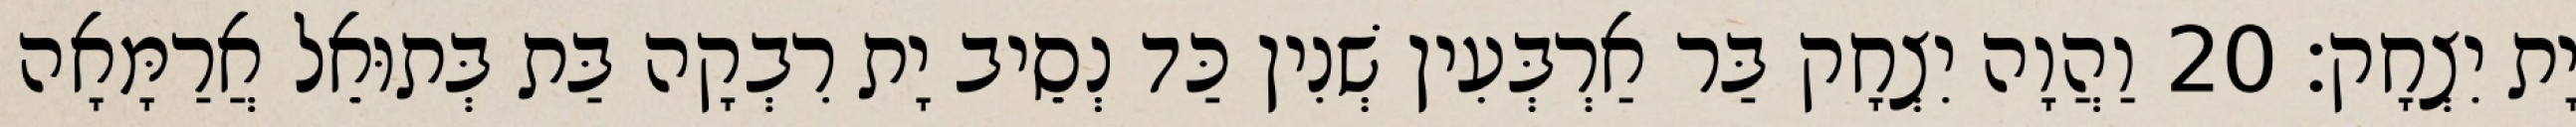
יָת יִצְחָק׃ 20 וַהֲוָה יִצְחָק בַּר אַרְבְּעִין שְׁנִין כַּד נְסֵיב יָת רִבְקָה בַּת בְּתוּאֵל אֲרַמָּאָה